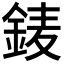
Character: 𨦎